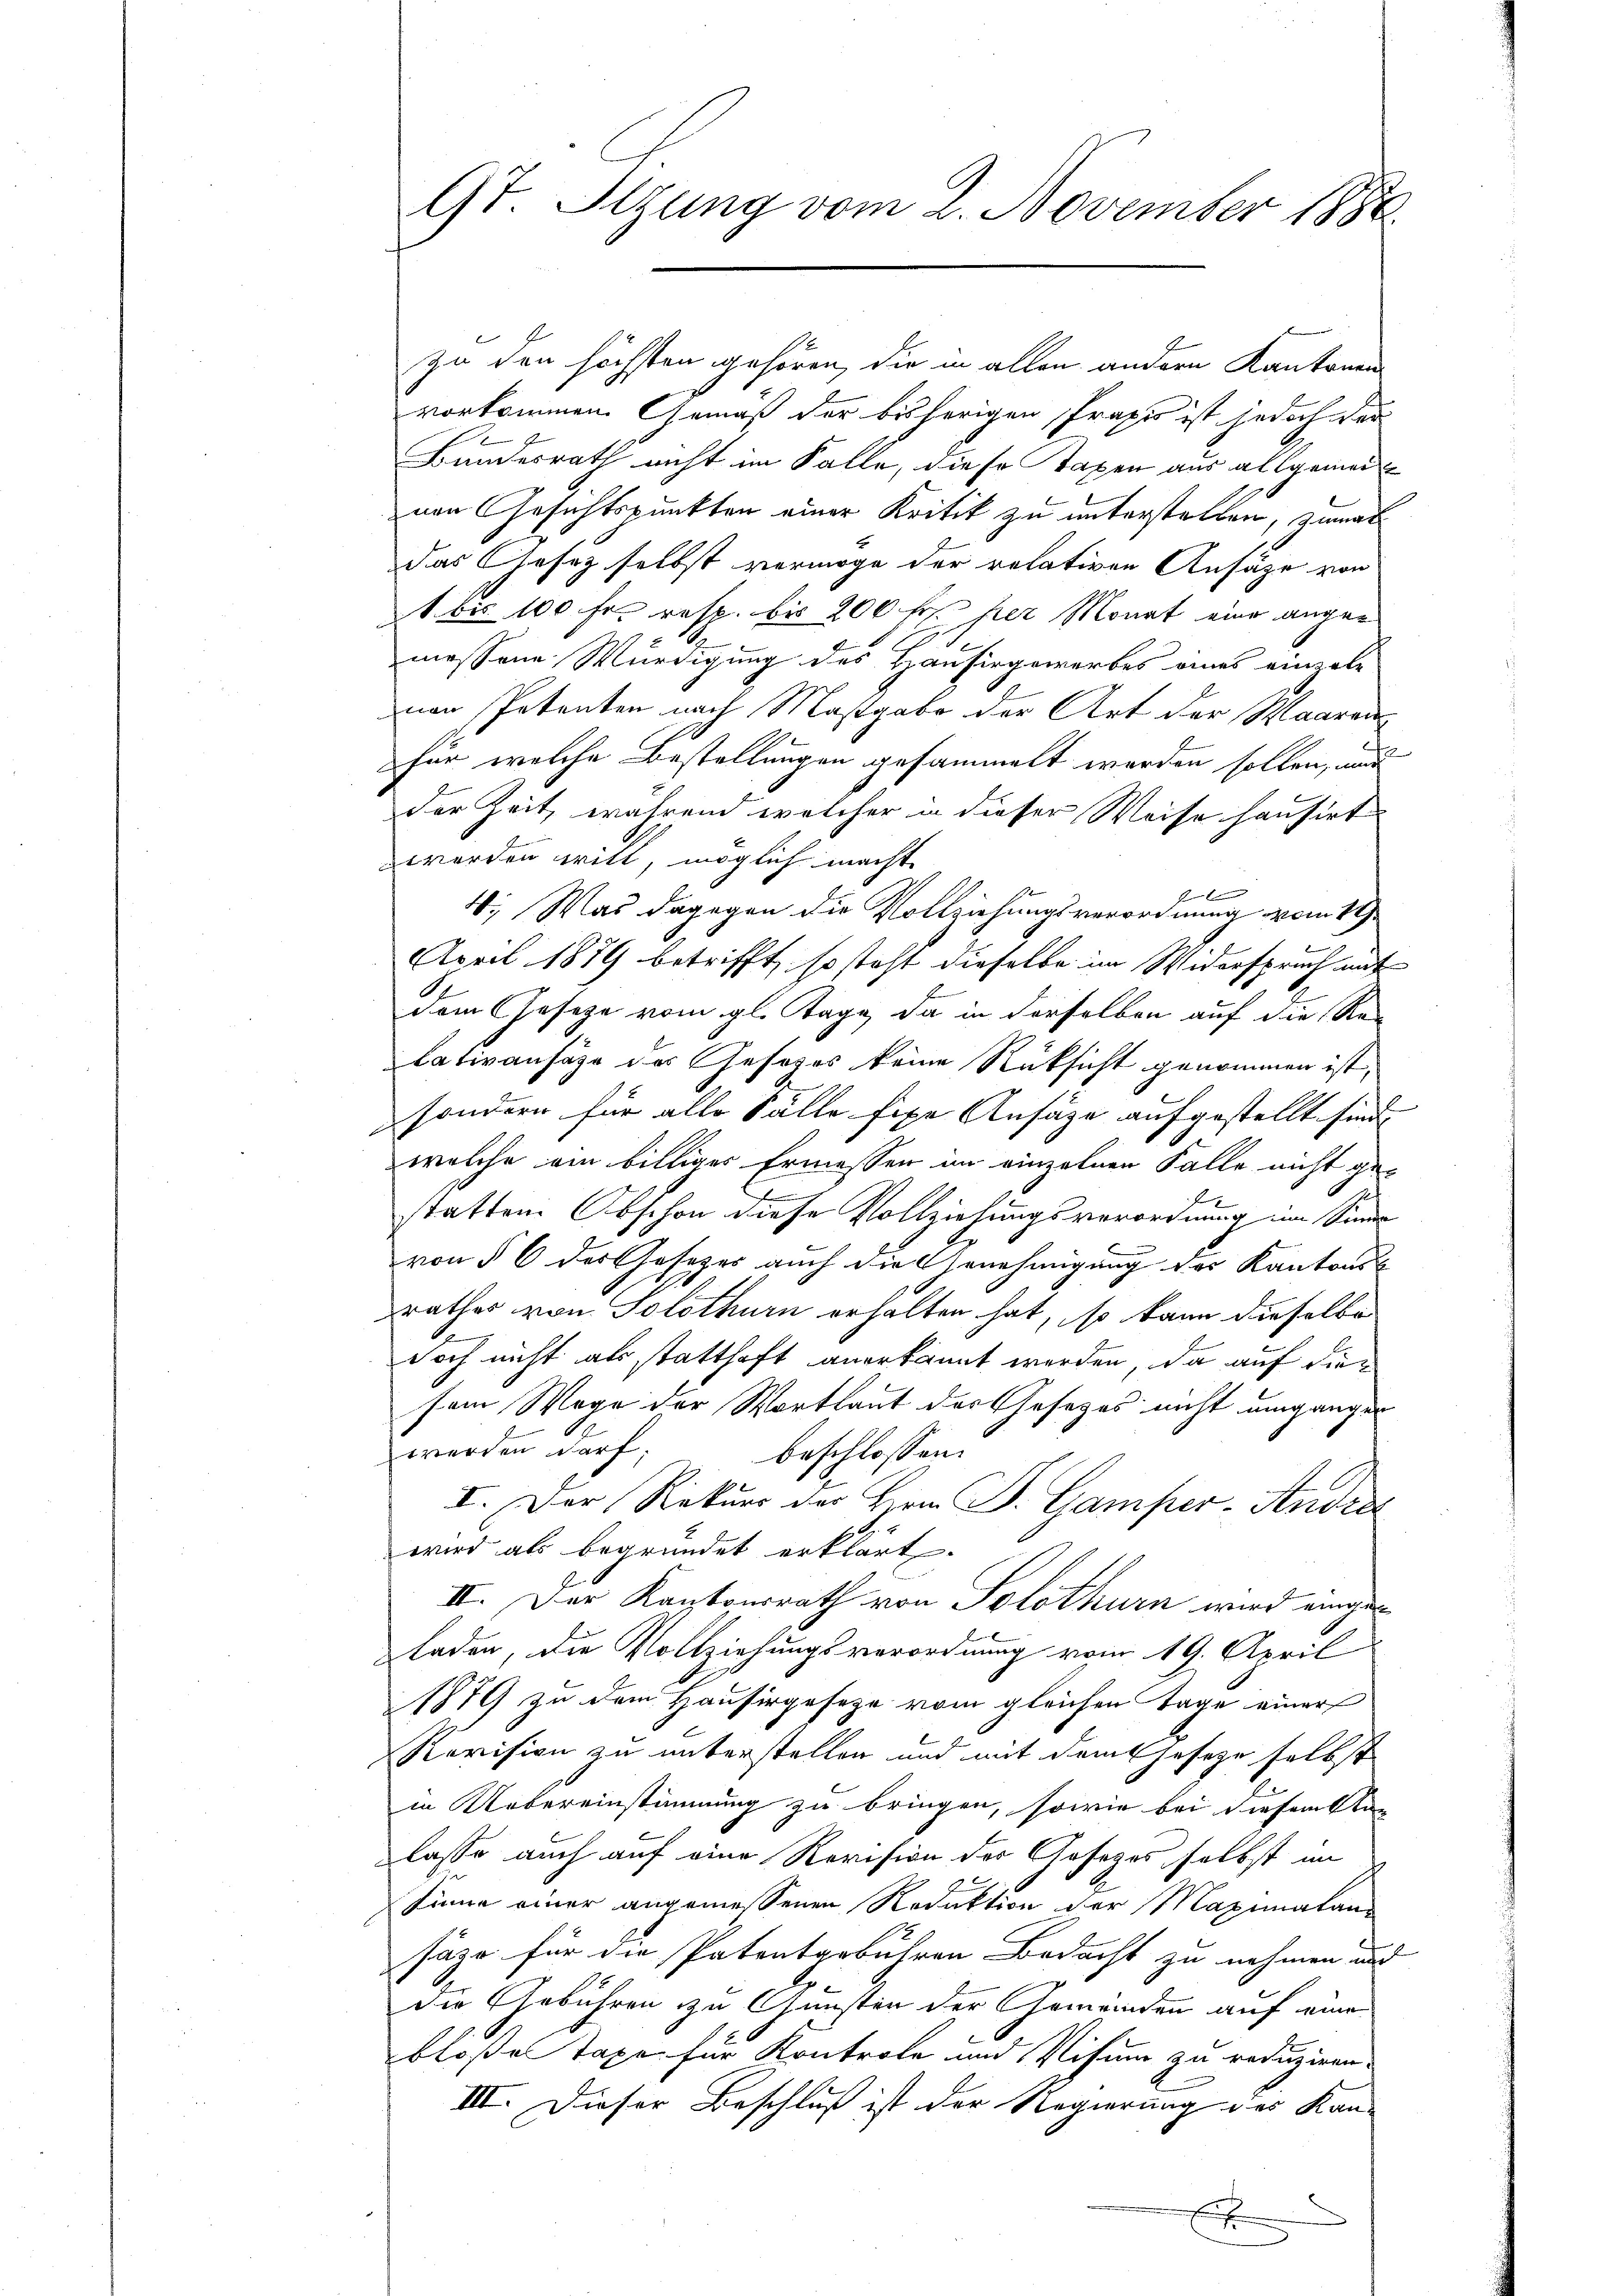
9t. Sizung vom 2. November 1880

zu den höchsten gehören, die in allen andern Kantonen
vorkommen. Gemäß der bisherigen Praxis ist jedoch der
Bundesrath nicht im Falle, diese Taxen aus allgemei
nen Gesichtspunkten einer Kritik zu unterstellen, zumac
das Gesez selbst vermöge der relativen Ansäze von
1 bis 100 Fr. resp. bis 200 fr. her Monat eine angemessene Würdigung des Hausirgewerbes eines einzele
nen Petenten nach Mastgabe der Art der Maaren
für welche Bestellungen gesammelt werden sollen, und
der Zeit, während welcher in dieser Weise hausirt
werden will, möglich machte

4. Was dagegen die Vollziehungsverordnung vom 19.
April 1879 betrifft, so steht dieselbe im Widerspruch mit
dem Gesetze vom gl. Tage, da in derselben auf die Re-
lativansähe des Gesezes keine Rücksicht genommen ist,
sondern für alle Fälle fixe Ansätze aufgestellt sind.
welche ein billiges Ermessen im einzelnen Falle nicht ge-
l
statten. Obschon diese Vollziehungsverordnung im Sinne
von § 6 des Gesezes auch die Genehmigung des Kantonss
rathes von Solothurn erhalten hat, so kann dieselbe
doch nicht als statthaft anerkannt werden, da auf die
sem Wege der Wortlaut der Gesetzes nicht umgangen
werden darf.
beschlossen:
I. Der Rekurs der Herrn P. Gamper - Andra
wird als begründet erklärt.
II. Der Kantonsrath von Solothurn wird eingeladen, die Vollziehungsverordnung vom 19. April
1879 zu dem Hausirgeseze vom gleichen Tage einer
Revision zu unterstellen und mit dem Gesetze selbst
in Uebereinstimmung zu bringen, sowie bei diesem Stan
lasse auch auf eine Revision des Gesezes selbst im
sinne einer angemessenen Redaktion der Maximalan-
säze für die Patentgebühren Bedacht zu nehmen und
die Gebühren zu Gunsten der Gemeinden auf eine
bloße Taxe für Kontrole und Visum zu reduziren.
III. Dieser Beschluß ist der Regierung des Kan-
o